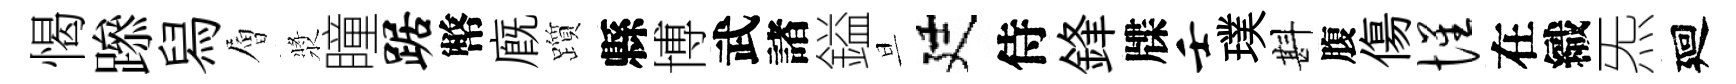
愒𨅶舄層漿瞳踞幣廐躓縣博武諸鎰旦廷侍鋒牒壬璞斟腹傷惺在織炁廻